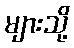
များသို့